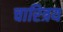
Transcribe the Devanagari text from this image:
चारित्रय